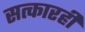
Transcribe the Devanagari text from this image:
सत्कारही